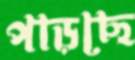
পাড়ছে